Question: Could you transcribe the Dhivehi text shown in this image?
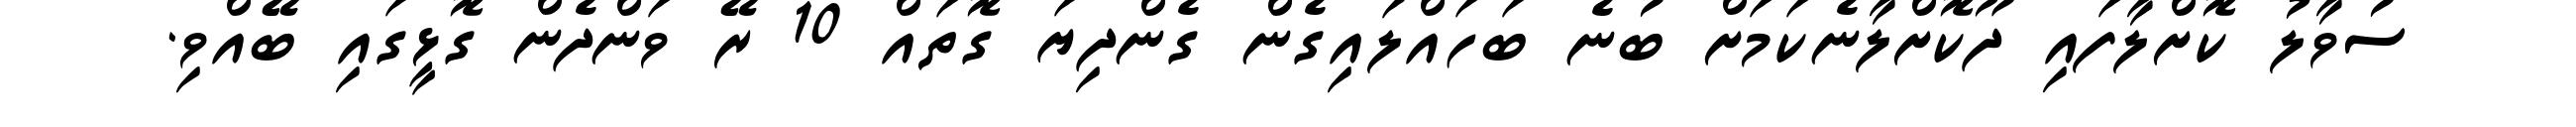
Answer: ސުވާލު ކޮށްލާފައި ދޫކޮށްލާނެކަމަށް ބުނެ ބަހައްލައިގެން ގެންދިޔަ ގޮތައް 10 ރޭ ވަންދެން ގޮޅީގައި ބޭއްވި.